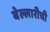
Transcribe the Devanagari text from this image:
बेल्लारीची